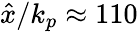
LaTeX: \hat{x}/k_{p}\approx 110